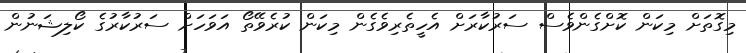
މިގޮތަށް މިކަން ކޮށްގެންވެސް ސަރުކާރަށް އެހީތެރިވެގެން މިކަން ކުރެވޭތޯ އަވަހަށް ސަރުކާރުގެ ކޯލިޝަނުން